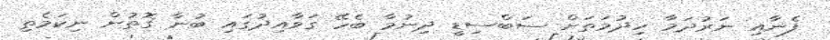
ފެނާއި ނަރުދަމާ ހިދުމަތަށް ސަބްސިޑީ ދިނުމާ ބެހޭ ގަވާއިދުގައި ބުނާ ގޮތުން ނިކަމެތި